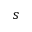
s